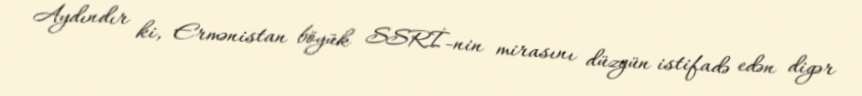
Aydındır ki, Ermənistan böyük SSRİ-nin mirasını düzgün istifadə edən digər